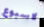
لاسبوع